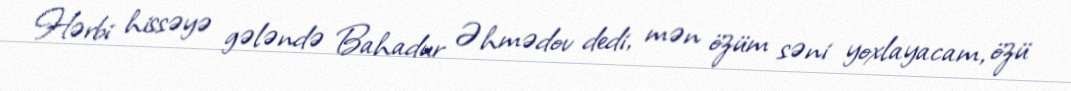
Hərbi hissəyə gələndə Bahadur Əhmədov dedi, mən özüm səni yoxlayacam, özü